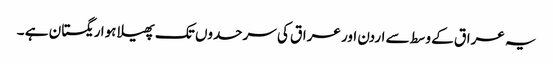
یہ عراق کے وسط سے اردن اور عراق کی سرحدوں تک پھیلا ہوا ریگستان ہے ۔